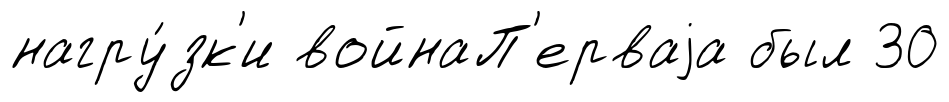
нагру́зк'и войнаП'ерваjа был 30